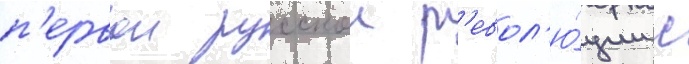
п'ервои русскои р'евол'ю́ции с